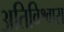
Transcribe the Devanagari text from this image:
अतिविश्वास